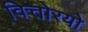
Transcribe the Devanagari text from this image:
वित्तोरयो